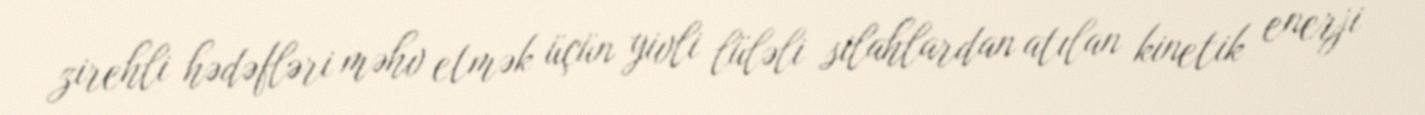
zirehli hədəfləri məhv etmək üçün yivli lüləli silahlardan atılan kinetik enerji